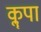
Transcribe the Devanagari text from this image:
कॣपा